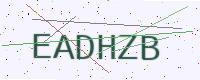
Text: EADHZB